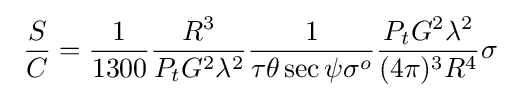
\ {\frac {S}{C}}={\frac {1}{1300}}{\frac {R^{3}}{P_{t}G^{2}\lambda ^{2}}}{\frac {1}{\tau \theta \sec \psi \sigma ^{o}}}{\frac {P_{t}G^{2}\lambda ^{2}}{(4\pi )^{3}R^{4}}}\sigma